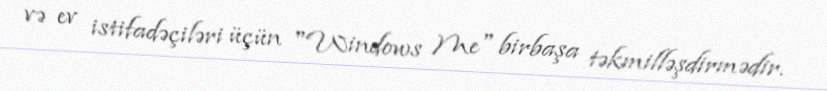
və ev istifadəçiləri üçün "Windows Me" birbaşa təkmilləşdirmədir.